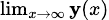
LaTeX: \scriptstyle\operatorname*{lim}_{x\to\infty}\mathbf{y}(x)